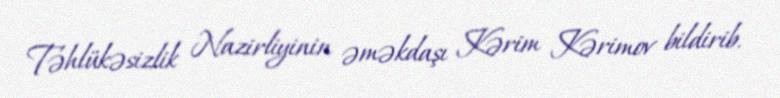
Təhlükəsizlik Nazirliyinin əməkdaşı Kərim Kərimov bildirib.